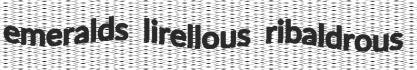
emeralds lirellous ribaldrous